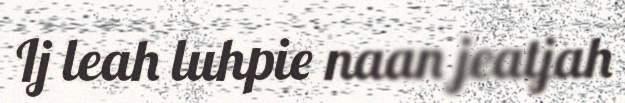
Ij leah luhpie naan jeatjah